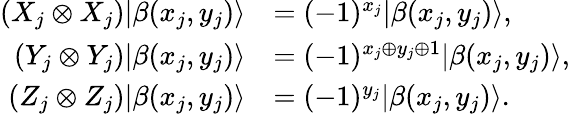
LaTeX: \begin{array}{rl}{(X_{j}\otimes X_{j})|\beta(x_{j},y_{j})\rangle}&{=(-1)^{x_{j}}|\beta(x_{j},y_{j})\rangle,}\\ {(Y_{j}\otimes Y_{j})|\beta(x_{j},y_{j})\rangle}&{=(-1)^{x_{j}\oplus y_{j}\oplus 1}|\beta(x_{j},y_{j})\rangle,}\\ {(Z_{j}\otimes Z_{j})|\beta(x_{j},y_{j})\rangle}&{=(-1)^{y_{j}}|\beta(x_{j},y_{j})\rangle.}\end{array}